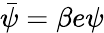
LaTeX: \bar{\psi}=\beta e\psi